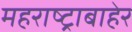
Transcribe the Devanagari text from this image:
महराष्ट्राबाहेर